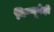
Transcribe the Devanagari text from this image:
विष्णूनेही